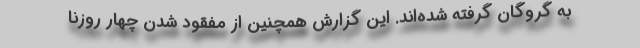
به گروگان گرفته شده‌اند. این گزارش همچنین از مفقود شدن چهار روزنا